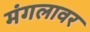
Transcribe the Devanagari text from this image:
मंगलावर